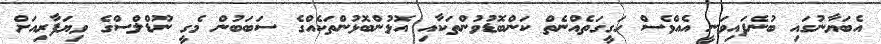
އެބަޔާނުގައި ބުނެފައިވަނީ އެއްވެސް ހަގީގަތެއްނެތް ކަންބޮޑުވުންތަކާއި އޮޅުންބޮޅުންތަކެއްގެ ސަބަބުން މެގީ ނޫޑްލްސްގެ ވިޔަފާރިއަށް